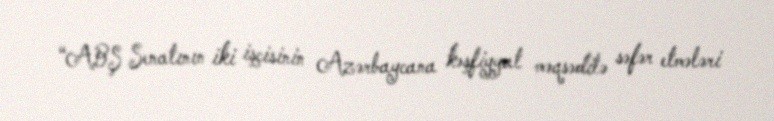
“ABŞ Senatının iki işçisinin Azərbaycana kəşfiyyat məqsədilə səfər etmələri